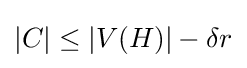
|C|\leq |V(H)|-\delta r